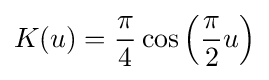
K(u)={\frac {\pi }{4}}\cos \left({\frac {\pi }{2}}u\right)